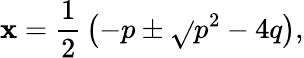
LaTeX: \mathbf{x}={\frac{{1}}{{2}}}\left(-p\pm{\sqrt{}{{p^{2}-4q}}}\right),